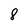
Character: 8